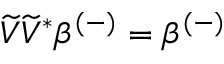
\widetilde { V } \widetilde { V } ^ { * } \beta ^ { ( - ) } = \beta ^ { ( - ) }